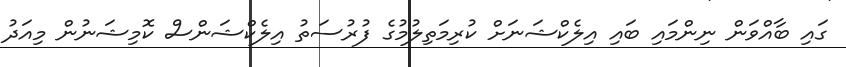
ގައި ބާއްވަން ނިންމައި ބައި އިލެކްޝަނަށް ކުރިމަތިލުމުގެ ފުރުސަތު އިލެކްޝަންސް ކޮމިޝަނުން މިއަދު